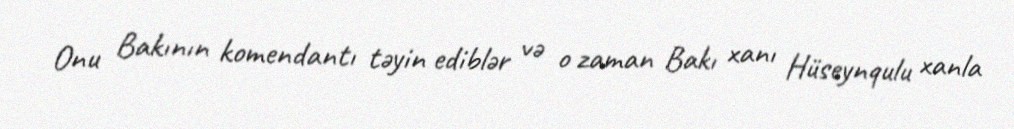
Onu Bakının komendantı təyin ediblər və o zaman Bakı xanı Hüseynqulu xanla